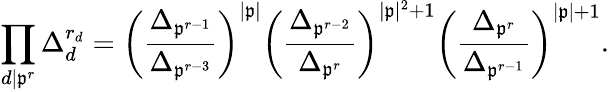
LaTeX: \prod_{d|\mathfrak{p}^{r}}\Delta_{d}^{r_{d}}=\left(\frac{\Delta_{\mathfrak{p}^{r-1}}}{\Delta_{\mathfrak{p}^{r-3}}}\right)^{|\mathfrak{p}|}\left(\frac{\Delta_{\mathfrak{p}^{r-2}}}{\Delta_{\mathfrak{p}^{r}}}\right)^{|\mathfrak{p}|^{2}+1}\left(\frac{\Delta_{\mathfrak{p}^{r}}}{\Delta_{\mathfrak{p}^{r-1}}}\right)^{|\mathfrak{p}|+1}.